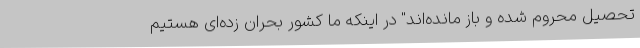
تحصیل محروم شده و باز مانده‌اند" در اینکه ما کشور بحران زده‌ای هستیم